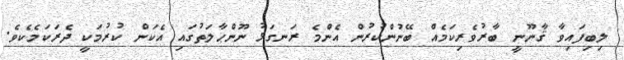
ލިބިފައިވާ ޤާނޫނީ ބާރުވެރިކަމެއް ބޭނުންކުރުން އެންމެ ރަނގަޅު ނޫންޙާލަތުގައި އެކަން ކުރުމަކީ ދެރަކަމެކެވެ.